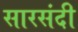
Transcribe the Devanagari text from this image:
सारसंदी